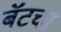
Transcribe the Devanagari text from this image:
बॅटचा